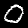
Digit: 0